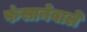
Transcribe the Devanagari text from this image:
फंसानेवाले